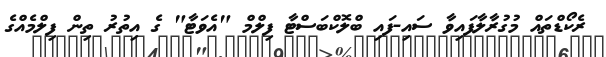
ރެކޯޑްތައް މުގުރާލާފައިވާ ސައި-ފައި ބްލޮކްބަސްޓާ ފިލްމް "އެވަޓާ" ގެ އިތުރު ތިން ފިލްމެއްގެ